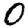
Digit: 0